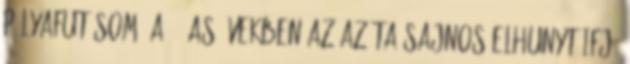
pályafutásom. A 60-as években az azóta sajnos elhunyt ifj.